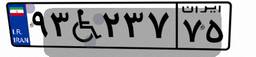
۹۳W۲۳۷۷۵